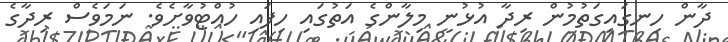
ދާން ހިނގައިގަތުމުން ރިދާ އުޅުނީ މިލާންގެ އަތުގައި ހިފައި ހުއްޓުވާށެވެ. ނަމަވެސް ރިދާގެ